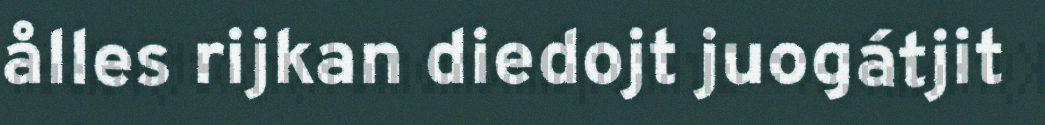
ålles rijkan diedojt juogátjit